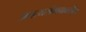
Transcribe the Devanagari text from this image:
अपत्यसंभवावरील